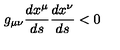
g _ { \mu \nu } { \frac { d x ^ { \mu } } { d s } } { \frac { d x ^ { \nu } } { d s } } < 0